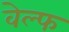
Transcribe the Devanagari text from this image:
वेल्फ